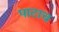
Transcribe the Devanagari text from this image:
पाटाच